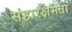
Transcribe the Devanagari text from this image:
संहारक्षमता